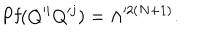
\mathrm { P f } ( Q ^ { \prime i } Q ^ { \prime j } ) = \Lambda ^ { \prime 2 ( N + 1 ) } .